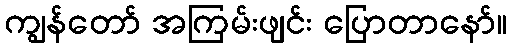
ကျွန်တော် အကြမ်းဖျင်း ပြောတာနော်။